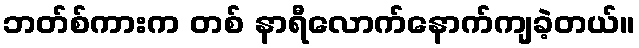
ဘတ်စ်ကားက တစ် နာရီလောက်နောက်ကျခဲ့တယ်။